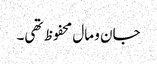
جان و مال محفوظ تھی۔